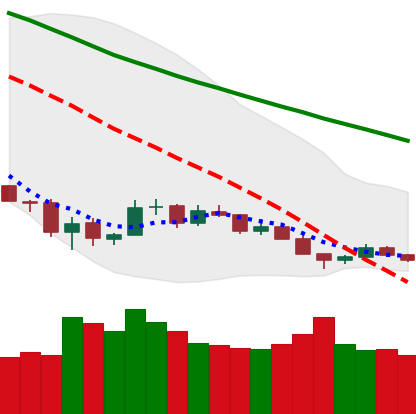
Ticker: BTC-USD
Chart end date: 2018-12-11
Forward return: -5.015%
Label: down_5_7